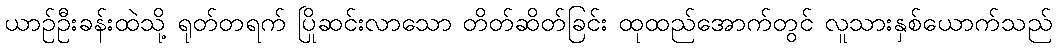
ယာဉ်ဦးခန်းထဲသို့ ရုတ်တရက် ပြိုဆင်းလာသော တိတ်ဆိတ်ခြင်း ထုထည်အောက်တွင် လူသားနှစ်ယောက်သည်